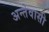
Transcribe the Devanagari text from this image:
अन्तेवासी